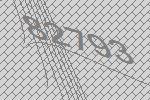
82793